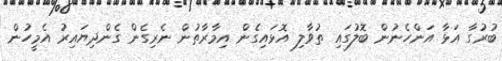
ބުރުގާ އަޅާ އަންހެނުން ބޮލުގައި ތުވާލި އޮޅައިގެން އިމާރާތުން ނެރިގެން ގެންދިޔައިރު އެމީހުން